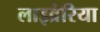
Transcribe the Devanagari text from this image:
लाइव्रेरिया